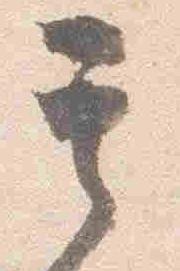
其